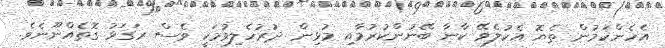
އެހެންކަމުން ތެޔޮ އެކުލެވޭ ކާނާ ބޭނުންކުރުމާއި މުޅިން ދުރުހެލިވުމަކީ ވެސް ރަގަޅު ގޮތެއްނޫނެވެ.